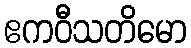
ဧကဝီသတိမော